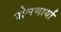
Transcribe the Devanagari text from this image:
बोलणार्या